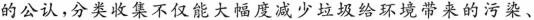
的公认，分类收集不仅能大幅度减少垃圾给环境带来的污染、